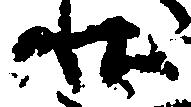
状